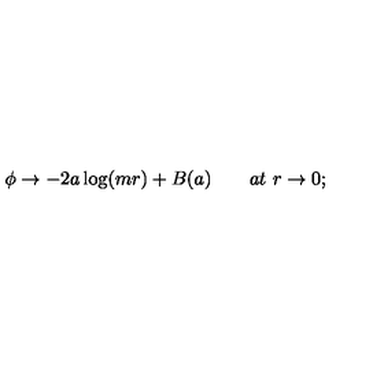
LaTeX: \phi \rightarrow - 2 a \log ( m r ) + B ( a ) \qquad a t \ r \rightarrow 0 ;